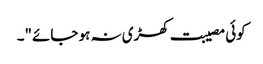
کوئی مصیبت کھڑی نہ ہو جائے"۔